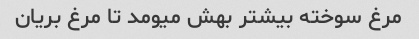
مرغ سوخته بیشتر بهش میومد تا مرغ بریان